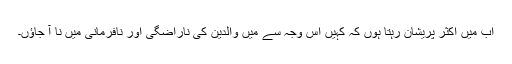
اب میں اکثر پریشان رہتا ہوں کہ کہیں اس وجہ سے میں والدین کی ناراضگی اور نافرمانی میں نا آ جاؤں۔